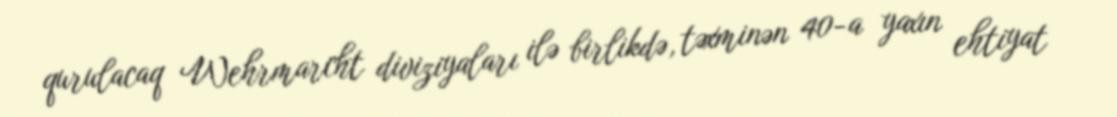
qurulacaq Wehrmarcht diviziyaları ilə birlikdə, təxminən 40-a yaxın ehtiyat